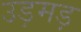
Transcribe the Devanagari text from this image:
उड़मड़